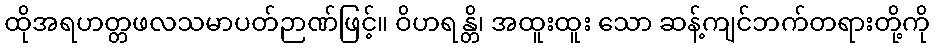
ထိုအရဟတ္တဖလသမာပတ်ဉာဏ်ဖြင့်။ ဝိဟရန္တိ၊ အထူးထူး သော ဆန့်ကျင်ဘက်တရားတို့ကို